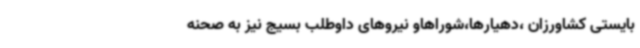
بایستی کشاورزان ،دهیارها،شوراهاو نیروهای داوطلب بسیج نیز به صحنه